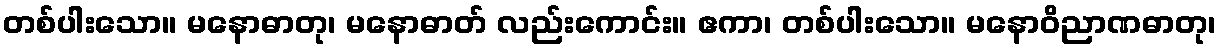
တစ်ပါးသော။ မနောဓာတု၊ မနောဓာတ် လည်းကောင်း။ ဧကာ၊ တစ်ပါးသော။ မနောဝိညာဏဓာတု၊